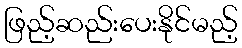
ဖြည့်ဆည်းပေးနိုင်မည့်